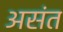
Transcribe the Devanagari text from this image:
असंत